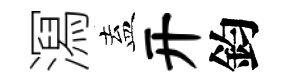
㵼盍开鈞